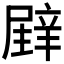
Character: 𲅇